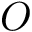
O